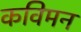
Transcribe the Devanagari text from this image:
कविमन